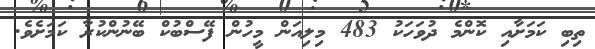
ތިބި ކަމަށާއި ކޮންމެ ދުވަހަކު 483 މިލިއަން މީހުން ފޭސްބުކް ބޭނުންކުރާ ކަމަށެވެ.